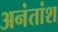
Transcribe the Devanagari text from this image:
अनंतांश